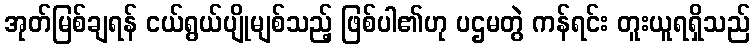
အုတ်မြစ်ချရန် ငယ်ရွယ်ပျိုမျစ်သည့် ဖြစ်ပါ၏ဟု ပဌမတွဲ ကန်ရင်း တူးယူရရှိသည်